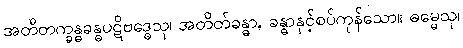
အတီတက္ခန္ဓခန္ဓပဋိဗဒ္ဓေသု၊ အတိတ်ခန္ဓာ, ခန္ဓာနှင့်စပ်ကုန်သော။ ဓမ္မေသု၊